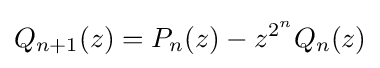
Q_{n+1}(z)=P_{n}(z)-z^{2^{n}}Q_{n}(z)